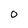
Character: O